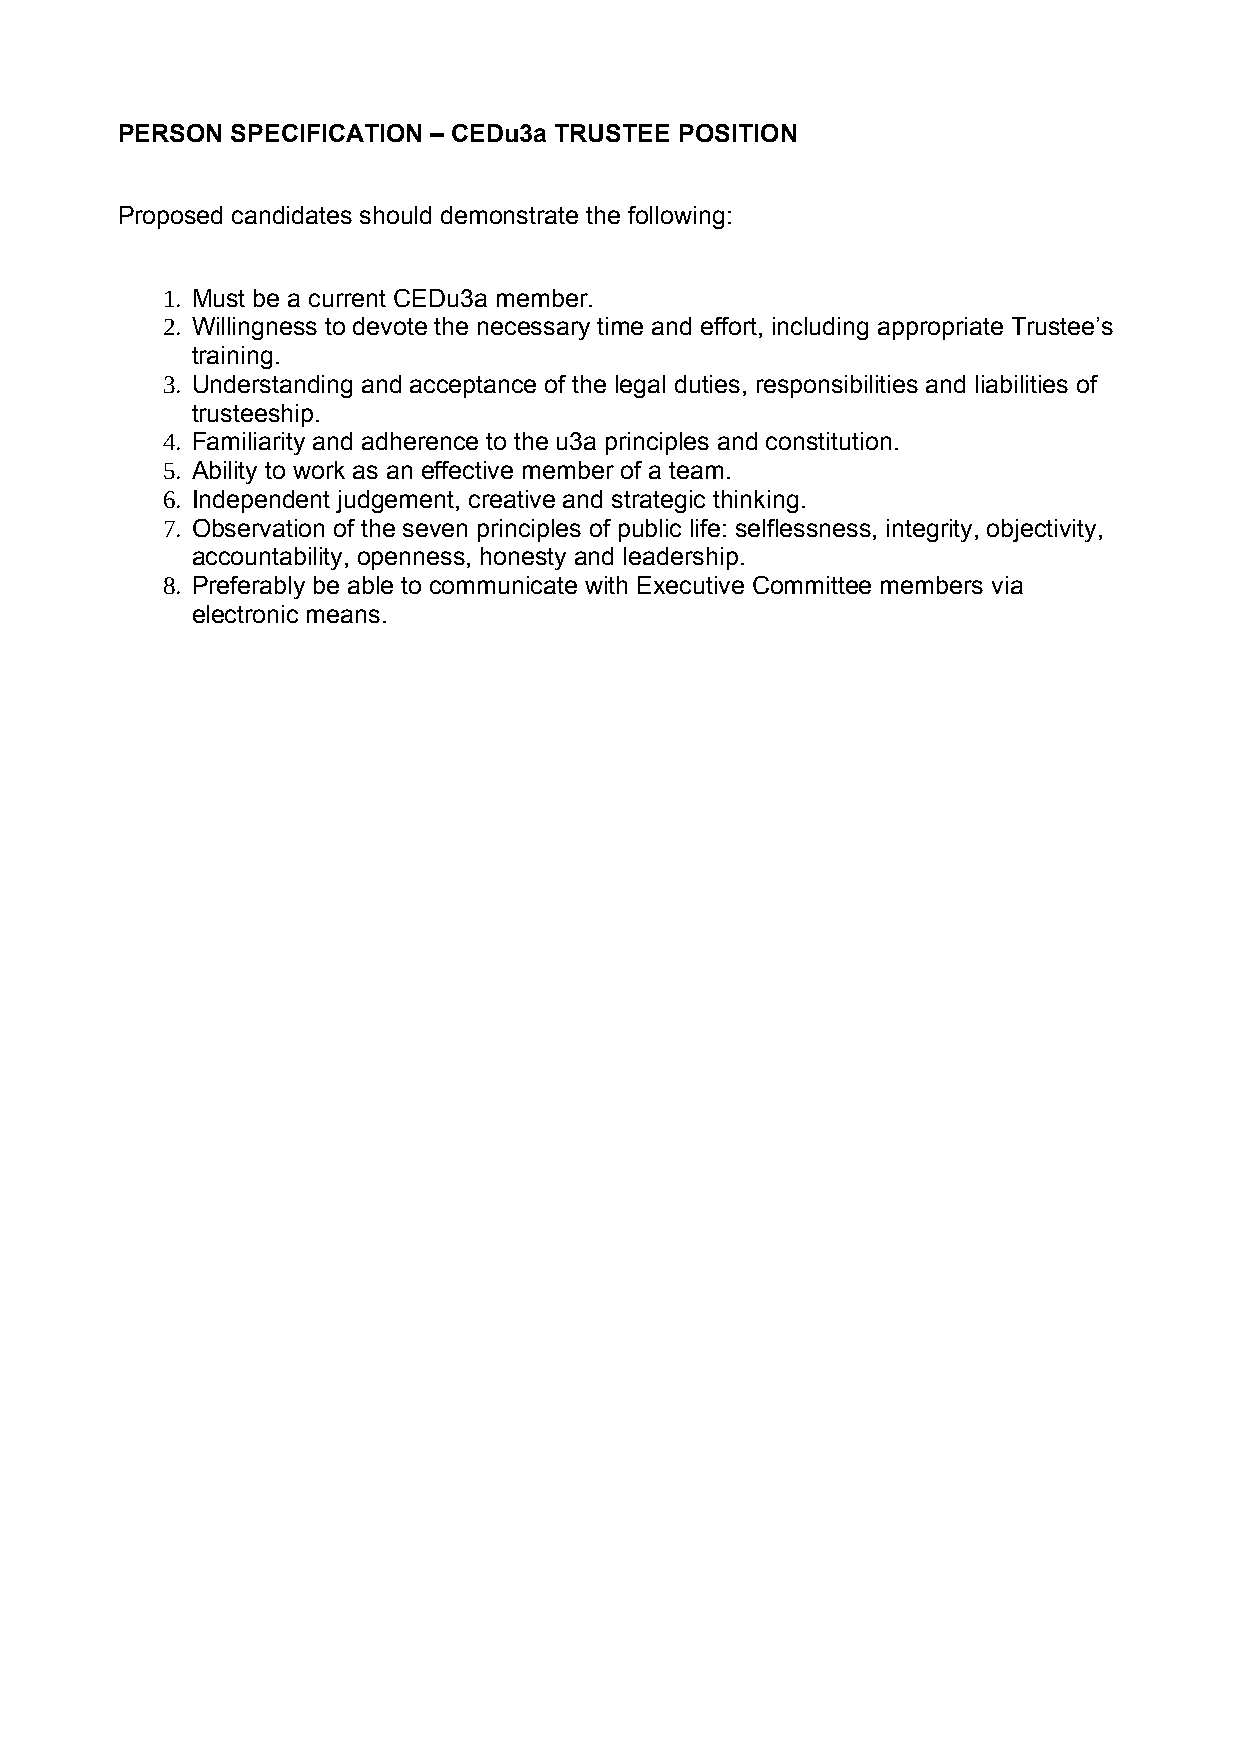
PERSON SPECIFICATION – CEDu3a TRUSTEE POSITION
 Proposed candidates should demonstrate the following:
 1. Must be a current CEDu3a member.
 2. Willingness to devote the necessary time and effort, including appropriate Trustee’s
 training.
 3. Understanding and acceptance of the legal duties, responsibilities and liabilities of
 trusteeship.
 4. Familiarity and adherence to the u3a principles and constitution.
 5. Ability to work as an effective member of a team.
 6. Independent judgement, creative and strategic thinking.
 7. Observation of the seven principles of public life: selflessness, integrity, objectivity,
 accountability, openness, honesty and leadership.
 8. Preferably be able to communicate with Executive Committee members via
 electronic means.